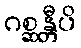
ဂစ္ဆန္တီပိ